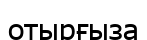
отырғыза